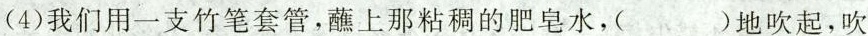
(4)我们用一支竹笔套管,蘸上那粘稠的肥皂水，（）地吹起，吹